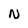
Character: N